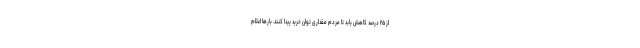
از ۲۵ درصد کاهش یابد تا مردم مقداری توان خرید پیدا کنند. بارها اعلام